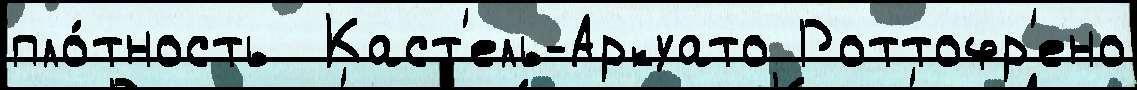
пло́тность  Каст'ель-Аркуато Роттофр'ено